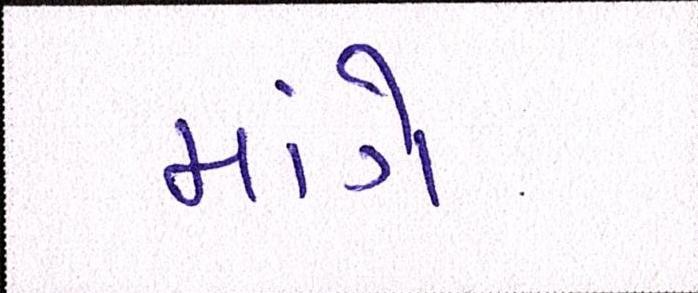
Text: માંગે